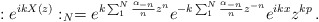
\begin{align*}:e^{ikX(z)}:_{N} = e^{k\sum_{1}^{N}\frac{\alpha_{-n}}{n}z^{n}} e^{-k\sum_{1}^{N}\frac{\alpha_{-n}}{n}z^{-n}}e^{ikx}z^{kp} \, .\end{align*}